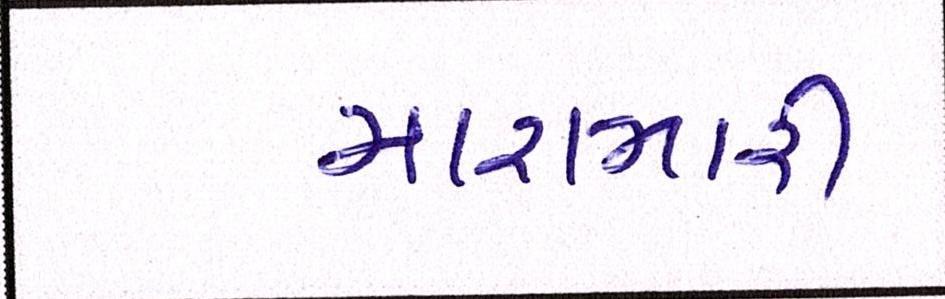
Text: મારામારી